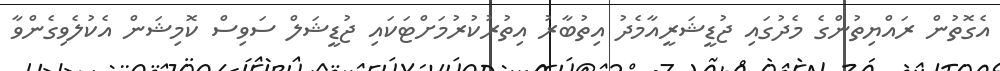
އެގޮތުން ރައްޔިތުންގެ މެދުގައި ޖުޑީޝަރީއާމެދު އިތުބާރު އިތުރުކުރުމަށްޓަކައި ޖުޑީޝަލް ސަވިސް ކޮމިޝަން އެކުލެވިގެންވާ